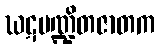
ဃဋပဏ္ဍိတဇာတက